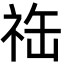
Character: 𬒴